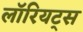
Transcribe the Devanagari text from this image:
लॉरियट्स